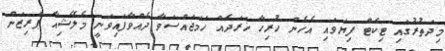
މިދަތުރުގައި ޓިކެޓް ފިޔަވައި އެހެން ހުރިހާ ޚަރަދެއް ހަމަޖައްސަވާ ދެއްވާފައިވަނީ މެލޭޝިއާ ޕްރިޒަން